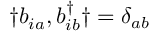
\dag { b _ { i a } ^ { \phantom { \dagger } } , b _ { i b } ^ { \dagger } \dag } = \delta _ { a b }